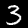
Digit: 3